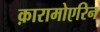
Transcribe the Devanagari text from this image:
क़ारामोएरिन